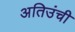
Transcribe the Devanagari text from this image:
अतिउंची